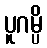
ပူဂမ္ပိ